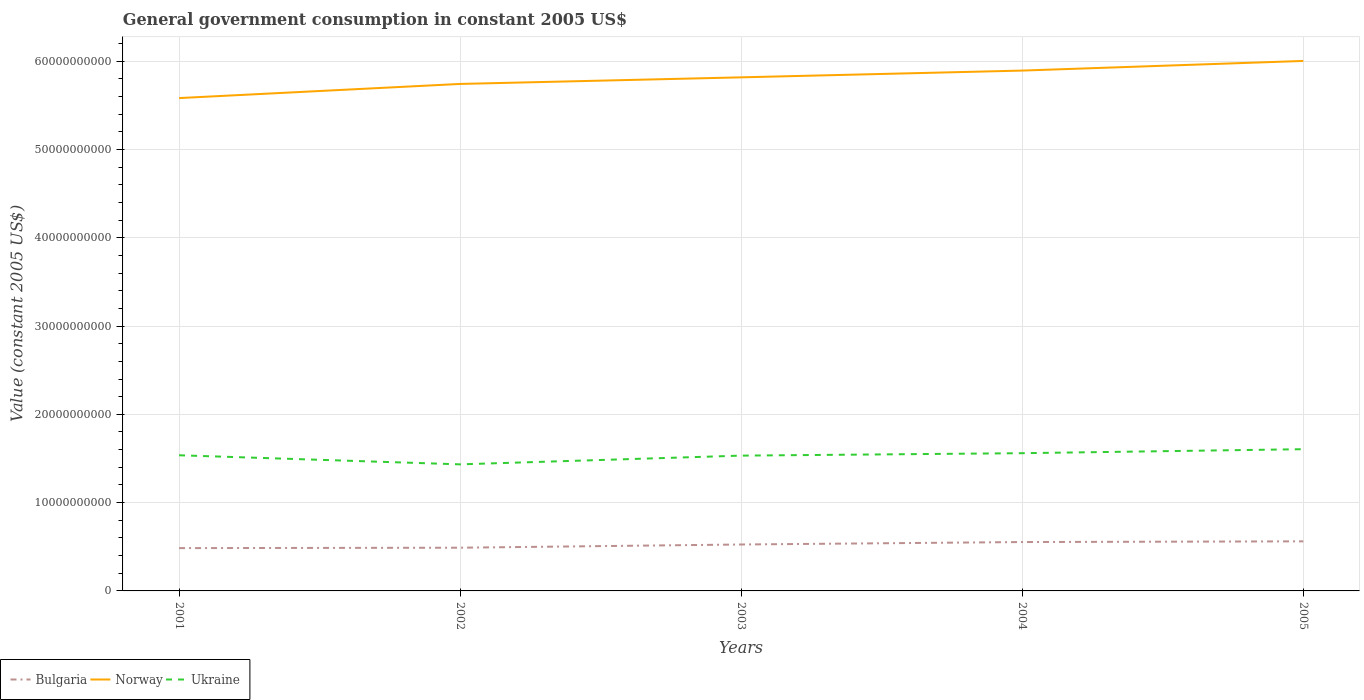
| Years | Bulgaria | Norway | Ukraine |
 | --- | --- | --- | --- |
 | 2001 | 4.85e+09 | 5.58e+10 | 1.54e+10 |
 | 2002 | 4.89e+09 | 5.74e+10 | 1.43e+10 |
 | 2003 | 5.26e+09 | 5.82e+10 | 1.53e+10 |
 | 2004 | 5.54e+09 | 5.89e+10 | 1.56e+10 |
 | 2005 | 5.61e+09 | 6e+10 | 1.61e+10 |